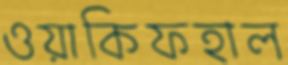
ওয়াকিফহাল